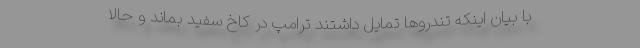
با بیان اینکه تندروها تمایل داشتند ترامپ در کاخ سفید بماند و حالا